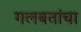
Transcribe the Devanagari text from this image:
गलबतांचा